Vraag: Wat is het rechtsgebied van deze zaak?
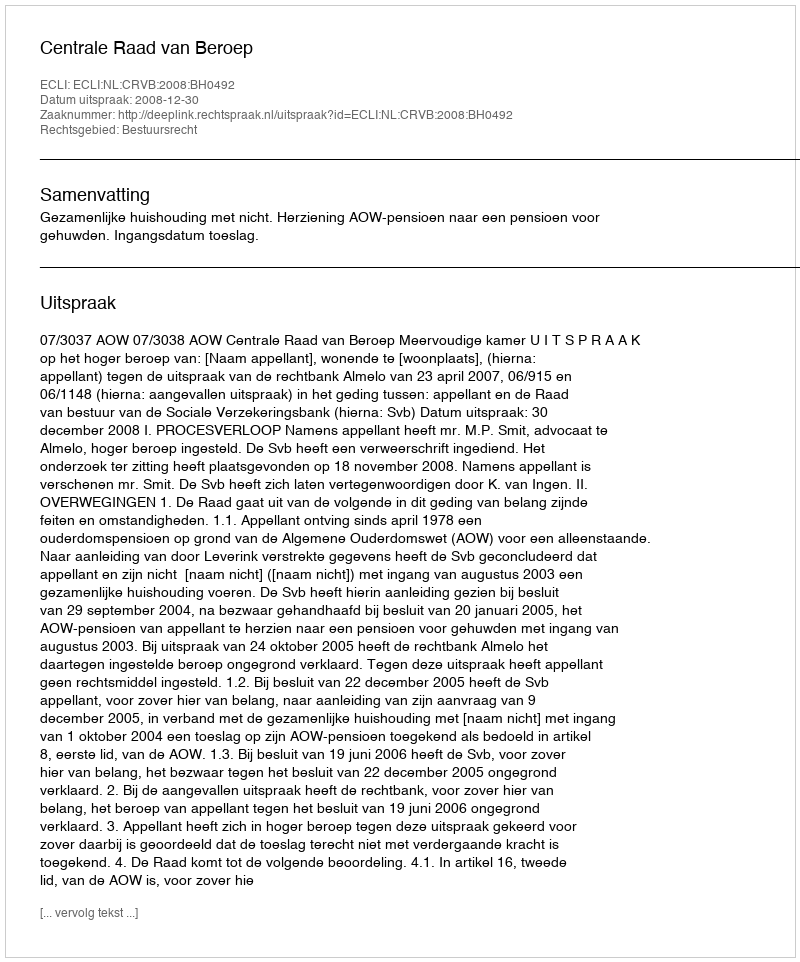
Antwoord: Bestuursrecht